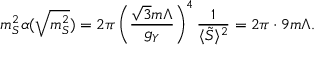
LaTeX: m _ { S } ^ { 2 } \alpha ( \sqrt { m _ { S } ^ { 2 } } ) = 2 \pi \left( { \frac { \sqrt { 3 } m \Lambda } { g _ { Y } } } \right) ^ { 4 } { \frac { 1 } { \langle \tilde { S } \rangle ^ { 2 } } } = 2 \pi \cdot 9 m \Lambda .